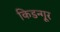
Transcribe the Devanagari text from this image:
किडन्गूर